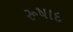
રૂષાદ